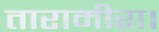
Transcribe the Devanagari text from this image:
तारामीरा।